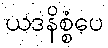
ယဒနိစ္စံပေ